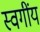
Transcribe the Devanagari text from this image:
स्वगींय